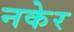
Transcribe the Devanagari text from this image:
नकेर